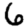
Digit: 6